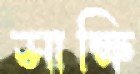
সাক্ষি